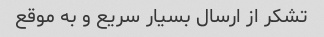
تشکر از ارسال بسیار سریع و به موقع